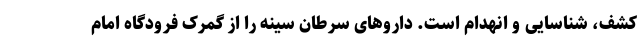
کشف، شناسایی و انهدام است. داروهای سرطان سینه را از گمرک فرودگاه امام